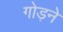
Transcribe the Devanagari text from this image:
गोड़ने